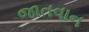
જાતવાન